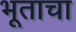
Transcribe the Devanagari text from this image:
भूताचा